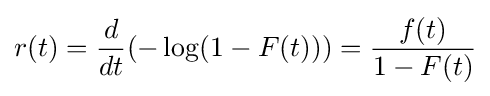
r(t)={\frac {d}{dt}}(-\log(1-F(t)))={\frac {f(t)}{1-F(t)}}